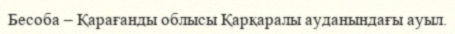
Бесоба – Қарағанды облысы Қарқаралы ауданындағы ауыл.